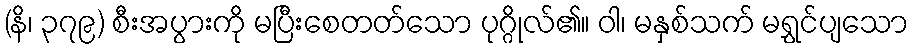
(နိ၊ ၃၇၉) စီးအပွားကို မပြီးစေတတ်သော ပုဂ္ဂိုလ်၏။ ဝါ၊ မနှစ်သက် မရွှင်ပျသော